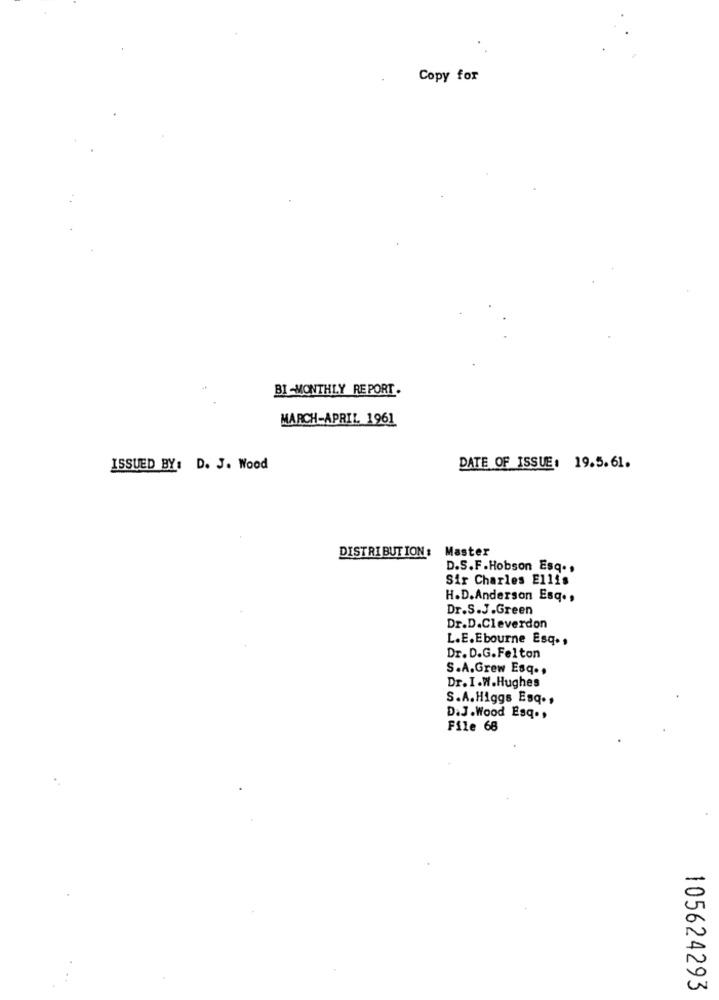
Copy for
BI -MONTHLY REPORT.
MARCH-APRIL 1961
ISSUED BY: D. J. Wood
DATE OF ISSUE: 19.5.61.
DISTRIBUTION: Master
D.S.F.Hobson Esq .,
Sir Charles Ellis
H.D.Anderson Esq .,
Dr.S.J.Green
Dr.D.Cleverdon
L.E.Ebourne Esq .,
Dr. D.G.Felton
S.A.Grew Esq ..
Dr. I.W.Hughes
S.A.Higgs Esq .,
D.J.Wood Esq .,
File 68
105624293